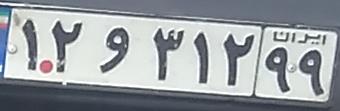
۱۲و۳۱۲۹۹